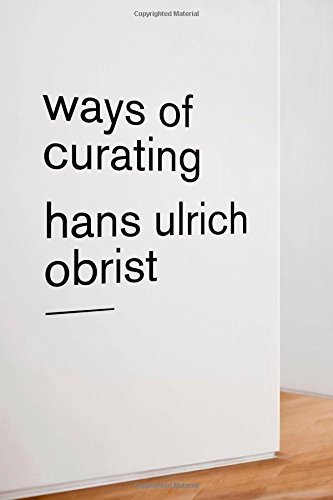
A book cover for Ways of Curating; Hans Ulrich Obrist; Arts & Photography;